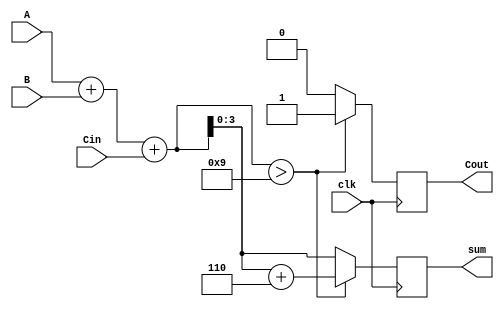
module bcd_synchronous_adder (
    input wire clk,          // Clock signal
    input wire [3:0] A,     // First BCD digit
    input wire [3:0] B,     // Second BCD digit
    input wire Cin,         // Carry input
    output reg [3:0] sum,   // BCD sum output
    output reg Cout         // Carry output
);

    reg [4:0] binary_sum;   // Intermediate binary sum (5 bits to accommodate carry)

    always @(posedge clk) begin
        // Step 1: Calculate the binary sum of A, B and Cin
        binary_sum = A + B + Cin;

        // Step 2: Check if the binary sum exceeds the BCD limit (9)
        if (binary_sum > 9) begin
            // Step 3: Correct the sum by adding 6 (0110)
            sum = binary_sum + 5'b0110; // 5'b0110 is 6 in binary
            Cout = 1; // Set carry out
        end else begin
            sum = binary_sum[3:0]; // Use the lower 4 bits as the BCD sum
            Cout = 0; // No carry out
        end
    end

endmodule